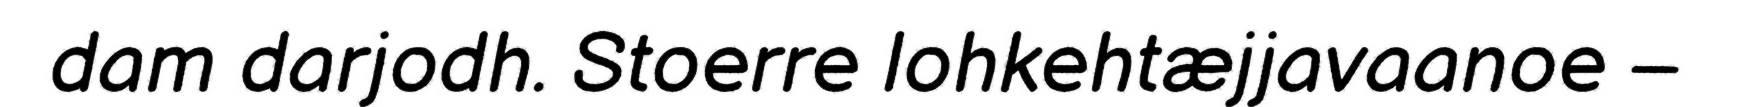
dam darjodh. Stoerre lohkehtæjjavaanoe –